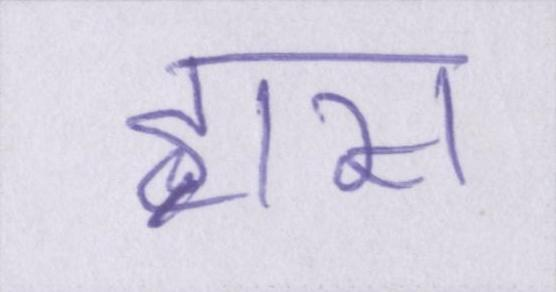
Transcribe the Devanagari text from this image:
ह्रास